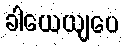
ခါယေယျပေ